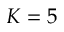
K = 5